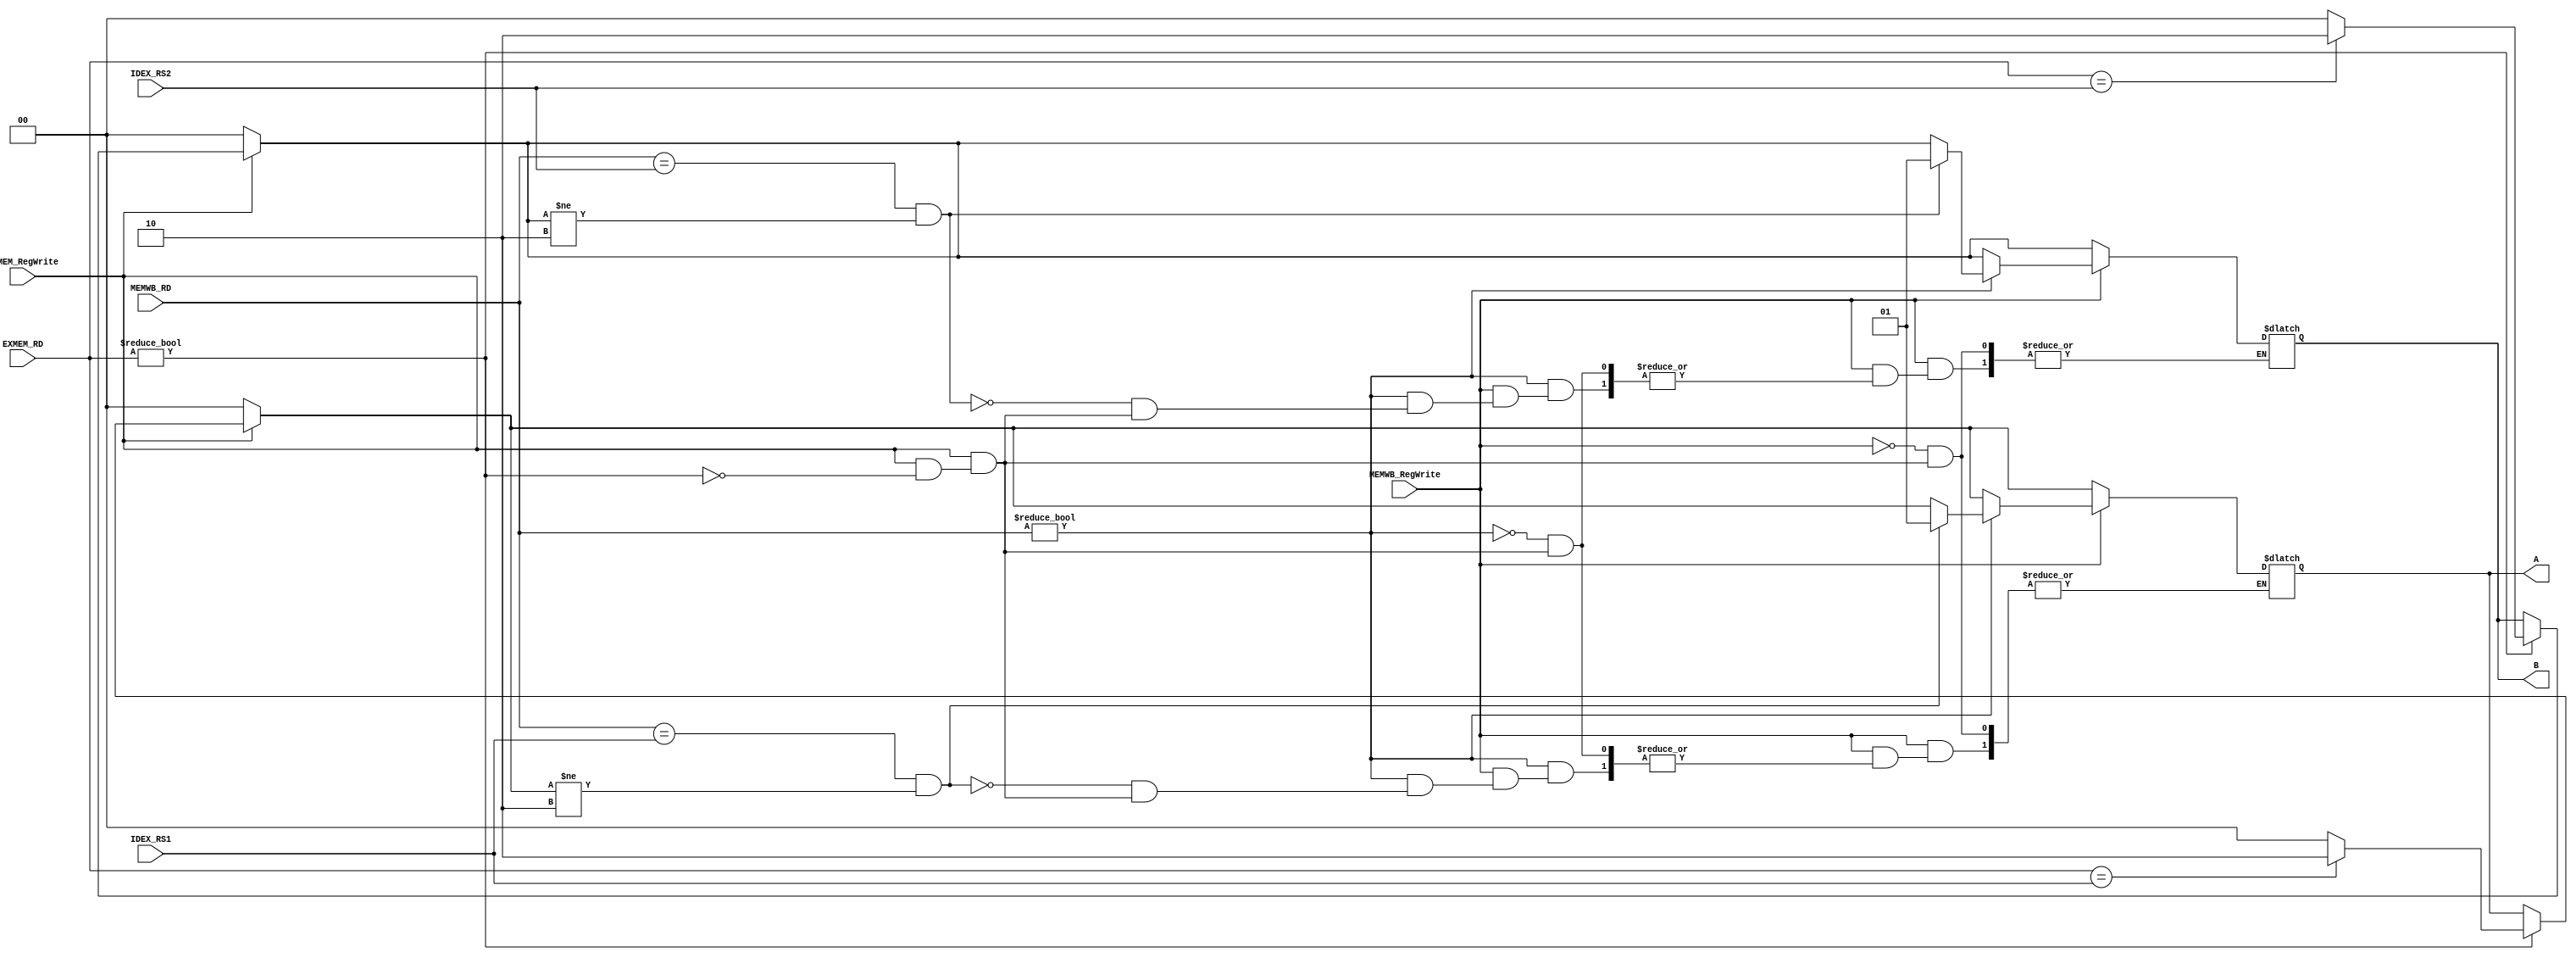
module Forwarding (
    IDEX_RS1,
    IDEX_RS2,
    EXMEM_RD,
    EXMEM_RegWrite,
    MEMWB_RD,
    MEMWB_RegWrite,
    A,
    B
);

    input [4:0] IDEX_RS1;
    input [4:0] IDEX_RS2;
    input [4:0] EXMEM_RD;
    input EXMEM_RegWrite;
    input [4:0] MEMWB_RD;
    input MEMWB_RegWrite;
    output reg [1:0] A;
    output reg [1:0] B;

    initial begin
        A = 2'b00;
        B = 2'b00;
    end

    always @(*) begin
        // EX hazard
        if (EXMEM_RegWrite == 1'b1) begin
            if (EXMEM_RD != 0) begin
                if (EXMEM_RD == IDEX_RS1) begin
                    A = 2'b10;
                end else begin
                    A = 2'b00;
                end
                if (EXMEM_RD == IDEX_RS2) begin
                    B = 2'b10;
                end else begin
                    B = 2'b00;
                end
            end
        end else begin
            A = 2'b00;
            B = 2'b00;
        end
        // MEM hazard
        if (MEMWB_RegWrite == 1'b1) begin
            if (MEMWB_RD != 0) begin
                if (MEMWB_RD == IDEX_RS1 && A != 2'b10) begin
                    A = 2'b01;
                end
                if (MEMWB_RD == IDEX_RS2 && B != 2'b10) begin
                    B = 2'b01;
                end
            end
        end
    end

endmodule